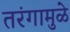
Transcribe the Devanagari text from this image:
तरंगामुळे